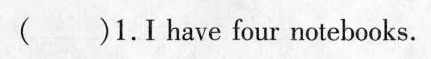
()1.I have four notebooks.